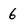
Character: 6